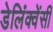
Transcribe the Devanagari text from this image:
डेलिंक्वेंसी